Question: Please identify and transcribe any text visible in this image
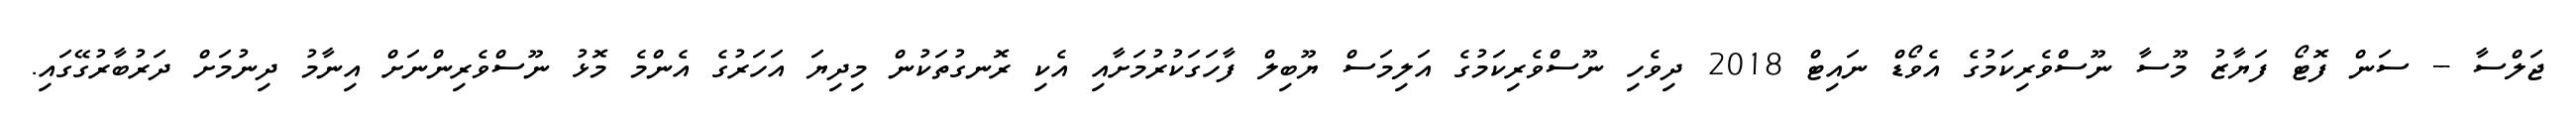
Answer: ޖަލްސާ -- ސަން ފޮޓޯ ފަޔާޒު މޫސާ ނޫސްވެރިކަމުގެ އެވޯޑް ނައިޓް 2018 ދިވެހި ނޫސްވެރިކަމުގެ އަލިމަސް ޔޫބިލް ފާހަގަކުރުމަށާއި އެކި ރޮނގުތަކުން މިދިޔަ އަހަރުގެ އެންމެ މޮޅު ނޫސްވެރިންނަށް އިނާމު ދިނުމަށް ދަރުބާރުގޭގައި.